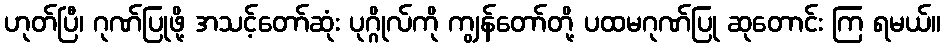
ဟုတ်ပြီ၊ ဂုဏ်ပြုဖို့ အသင့်တော်ဆုံး ပုဂ္ဂိုလ်ကို ကျွန်တော်တို့ ပထမဂုဏ်ပြု ဆုတောင်း ကြ ရမယ်။